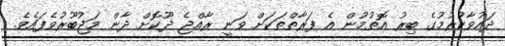
ދައުވާކުރުމުގެ ބިރު އޮތުމުން އެ ފަރާތްތަކަށް ވަނީ ރާއްޖެ ދޫކޮށް ދާން މަޖުބޫރުވެފައެވެ.